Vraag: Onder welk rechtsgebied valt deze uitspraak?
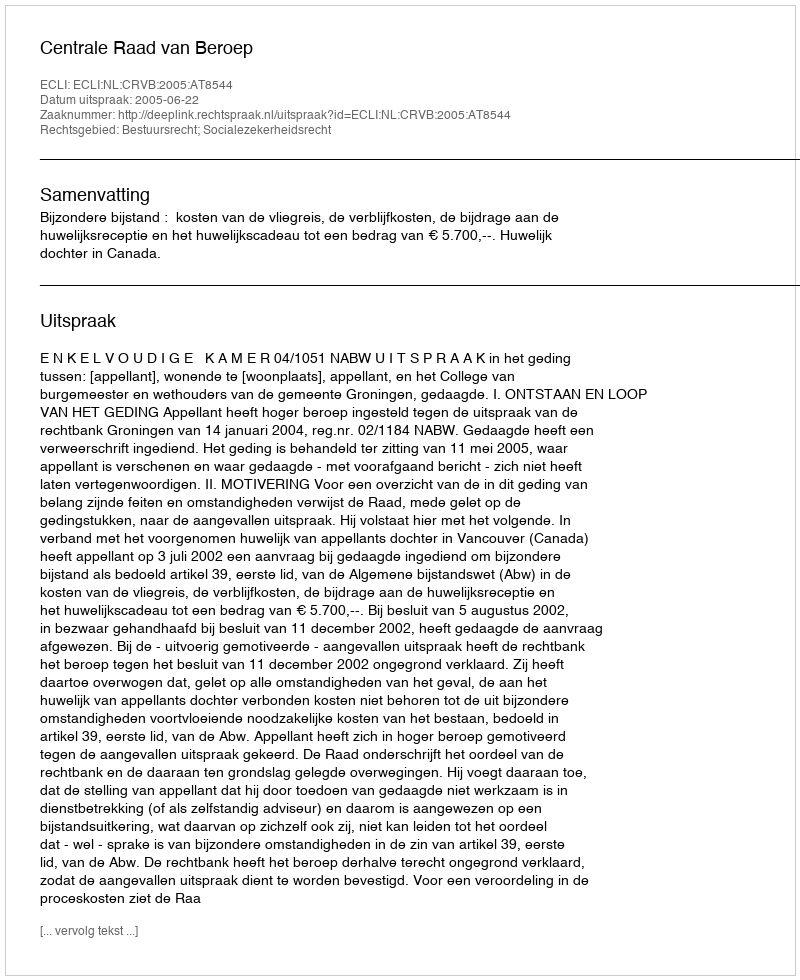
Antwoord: Bestuursrecht; Socialezekerheidsrecht